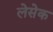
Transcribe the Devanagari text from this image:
लेसेक